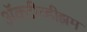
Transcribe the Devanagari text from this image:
ॲक्टीव्हीझम